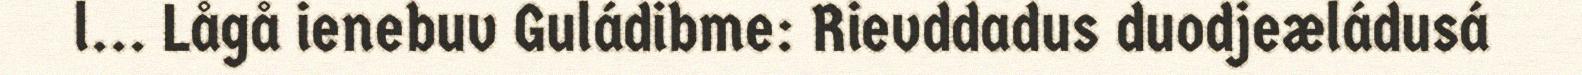
l... Lågå ienebuv Guládibme: Rievddadus duodjeæládusá